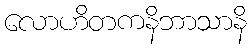
လောဟိတကနိဘာသာနိ